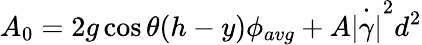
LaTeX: A_{0}=2g\cos\theta(h-y)\phi_{avg}+A\dot{|\gamma|}^{2}d^{2}